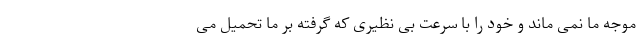
موجه ما نمی ماند و خود را با سرعت بی نظیری که گرفته بر ما تحمیل می